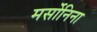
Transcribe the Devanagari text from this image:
मर्सोनिना